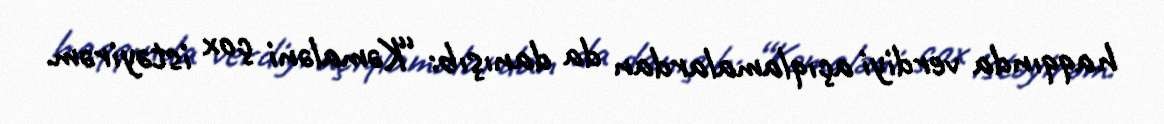
haqqında verdiyi açıqlamalardan da danışıb: “Kəmaləni çox istəyirəm.